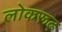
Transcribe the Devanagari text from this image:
लोकरूढ़